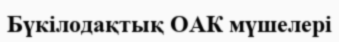
Бүкілодақтық ОАК мүшелері